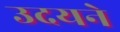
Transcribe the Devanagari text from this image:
उदयने